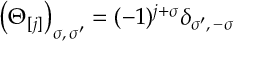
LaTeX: \left( \Theta _ { [ j ] } \right) _ { \sigma , \, \sigma ^ { \prime } } = ( - 1 ) ^ { j + \sigma } \delta _ { \sigma ^ { \prime } , \, - \sigma }